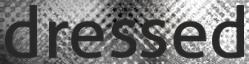
dressed